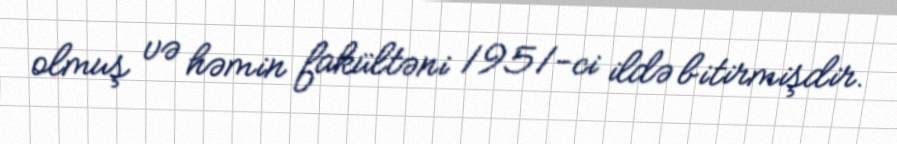
olmuş və həmin fakültəni 1951-ci ildə bitirmişdir.